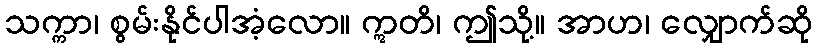
သက္ကာ၊ စွမ်းနိုင်ပါအံ့လော။ ဣတိ၊ ဤသို့။ အာဟ၊ လျှောက်ဆို